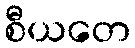
စီယတေ